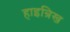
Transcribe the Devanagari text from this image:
हाइन्रिख